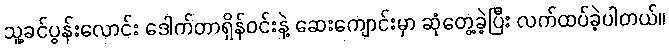
သူ့ခင်ပွန်းလောင်း ဒေါက်တာရှိန်ဝင်းနဲ့ ဆေးကျောင်းမှာ ဆုံတွေ့ခဲ့ပြီး လက်ထပ်ခဲ့ပါတယ်။